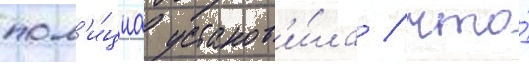
пол'и́циа установ'и́ла / что́